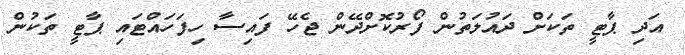
އަދި ޕާޓީ ތަކަށް ދައުލަތުން ފޯރުކޮށްދޭން ޖެހޭ ފައިސާ ހިފަހައްޓައި ޕާޓީ ތަކުން